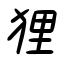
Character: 狸